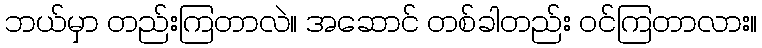
ဘယ်မှာ တည်းကြတာလဲ။ အဆောင် တစ်ခါတည်း ဝင်ကြတာလား။